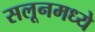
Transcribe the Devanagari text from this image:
सलूनमध्ये